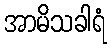
အာမိသခါရံ